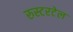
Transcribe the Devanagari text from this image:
रुस्टरटेल